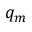
q _ { m }